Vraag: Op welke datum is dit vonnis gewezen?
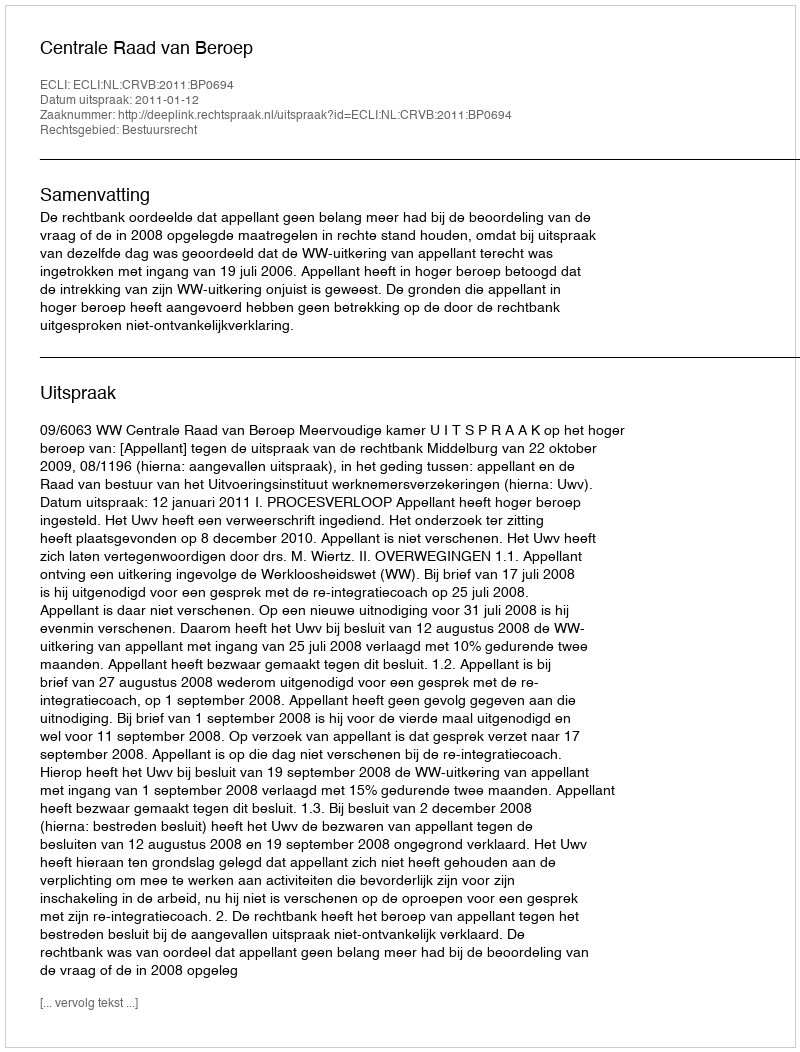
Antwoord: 2011-01-12